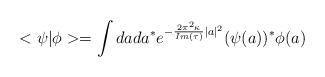
LaTeX: \begin{align*}<\psi|\phi>=\int da da^* e^{-{2\pi^2\kappa\over Im(\tau)}|a|^2}(\psi(a))^*\phi(a)\end{align*}